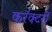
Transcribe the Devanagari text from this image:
करॅक्टरों